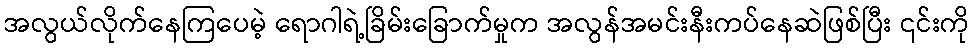
အလွယ်လိုက်နေကြပေမဲ့ ရောဂါရဲ့ခြိမ်းခြောက်မှုက အလွန်အမင်းနီးကပ်နေဆဲဖြစ်ပြီး ၎င်းကို